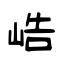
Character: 峼